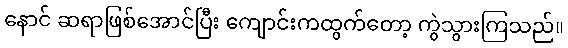
နောင် ဆရာဖြစ်အောင်ပြီး ကျောင်းကထွက်တော့ ကွဲသွားကြသည်။